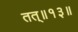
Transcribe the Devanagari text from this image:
तत्॥१३॥